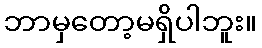
ဘာမှတော့မရှိပါဘူး။